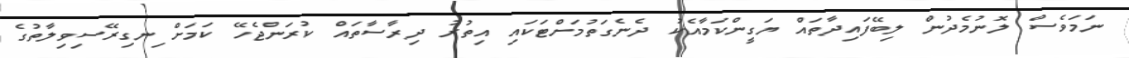
ނަމަވެސް ލޮނުމެދުން ލިބޭފައިދާތައް ޔަގީންކަމާއެކު ދެނެގަތުމަށްޓަކައި އިތުރު ދިރާސާތައް ކުރަންޖެހޭ ކަމަށް ިނގިރޭސިވިލާތުގެ